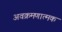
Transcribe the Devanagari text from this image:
अवक्रमणात्मक